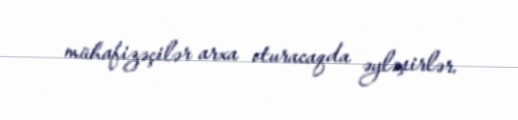
mühafizəçilər arxa oturacaqda əyləşirlər.